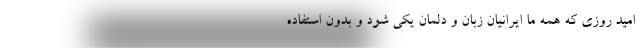
امید روزی که همه ما ایرانیان زبان و دلمان یکی شود و بدون استفاده